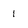
Character: 1